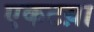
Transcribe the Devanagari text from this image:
एकटय़ा